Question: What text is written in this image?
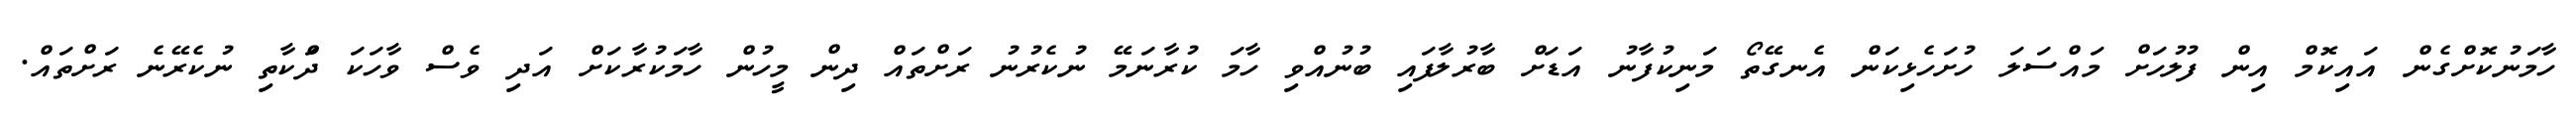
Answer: ހާމަނުކޮށްގެން އައިކޮމް އިން ފުލުހަށް މައްސަލަ ހުށަހެޅިކަން އެނގޭތޯ މަނިކުފާނު އަޑަށް ބާރުލާފައި ބުނުއްވި ހާމަ ކުރާނަމޭ ނުކެރުނު ރަށްތައް ދިން މީހުން ހާމަކުރާކަށް އަދި ވެސް ވާހަކަ ދަްކާތި ނުކެރޭނެ ރަށްތައް.